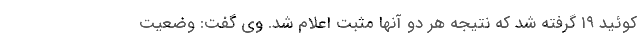
کوئید ۱۹ گرفته شد که نتیجه هر دو آنها مثبت اعلام شد. وی گفت: وضعیت